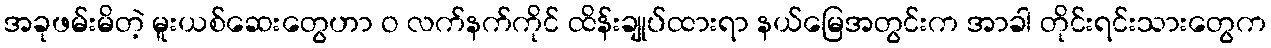
အခုဖမ်းမိတဲ့ မူးယစ်ဆေးတွေဟာ ဝ လက်နက်ကိုင် ထိန်းချုပ်ထားရာ နယ်မြေအတွင်းက အာခါ တိုင်းရင်းသားတွေက